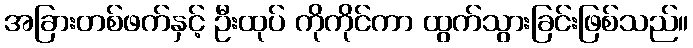
အခြားတစ်ဖက်နှင့် ဦးထုပ် ကိုကိုင်ကာ ထွက်သွားခြင်းဖြစ်သည်။